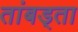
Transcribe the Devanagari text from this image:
तांबड्ता